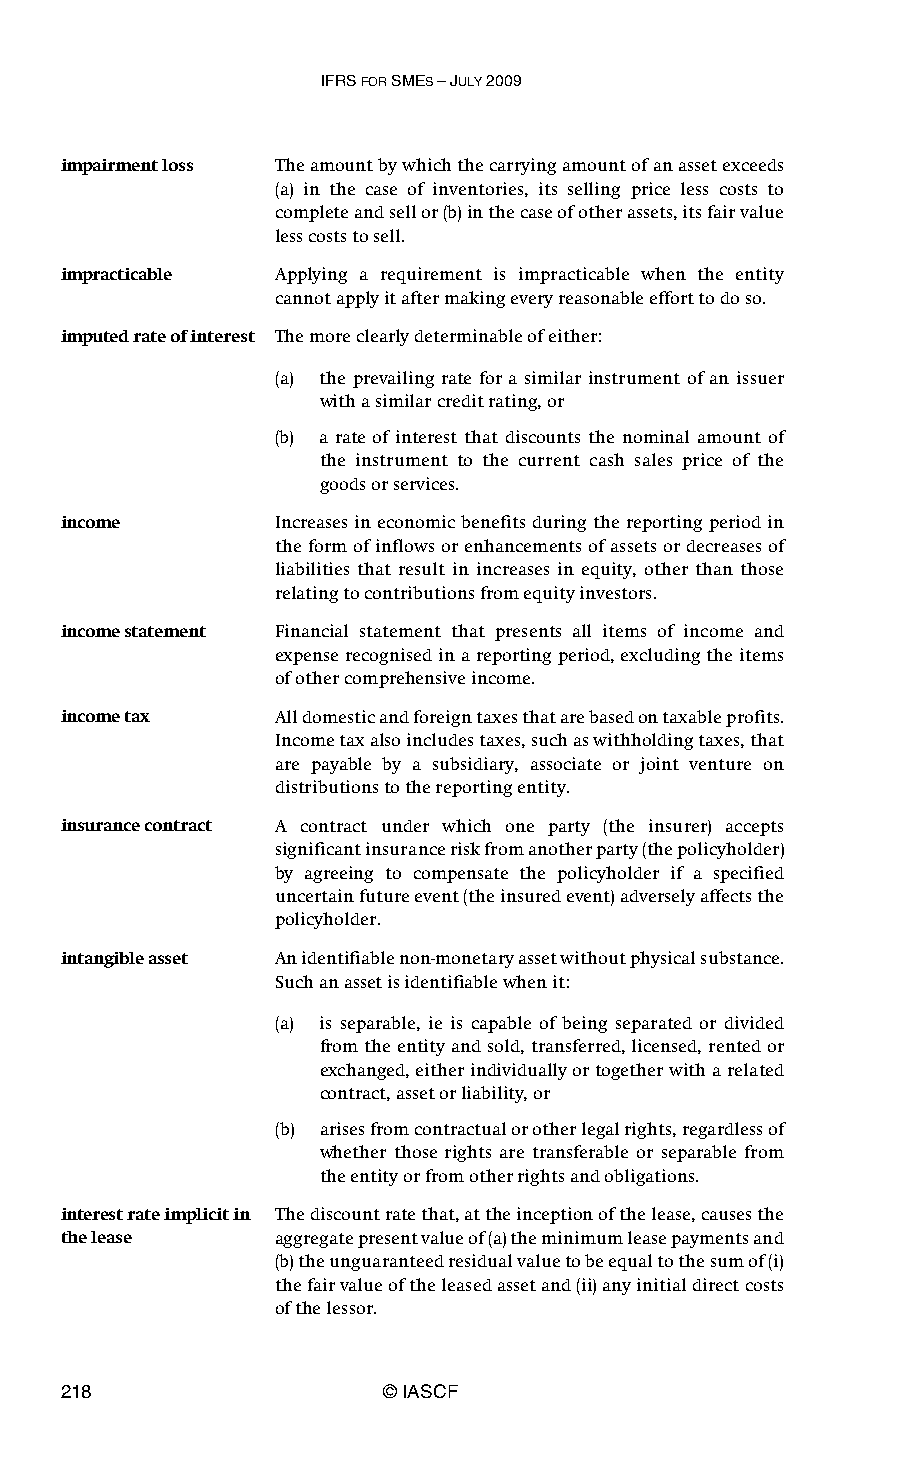
IFRS FOR SMES – JULY 2009
 impairment loss The amount by which the carrying amount of an asset exceeds
 (a) in the case of inventories, its selling price less costs to
 complete and sell or (b) in the case of other assets, its fair value
 less costs to sell.
 impracticable Applying a requirement is impracticable when the entity
 cannot apply it after making every reasonable effort to do so.
 imputed rate of interest The more clearly determinable of either:
 (a) the prevailing rate for a similar instrument of an issuer
 with a similar credit rating, or
 (b) a rate of interest that discounts the nominal amount of
 the instrument to the current cash sales price of the
 goods or services.
 income        Increases in economic benefits during the reporting period in
 the form of inflows or enhancements of assets or decreases of
 liabilities that result in increases in equity, other than those
 relating to contributions from equity investors.
 income statement Financial statement that presents all items of income and
 expense recognised in a reporting period, excluding the items
 of other comprehensive income.
 income tax    All domestic and foreign taxes that are based on taxable profits.
 Income tax also includes taxes, such as withholding taxes, that
 are payable by a subsidiary, associate or joint venture on
 distributions to the reporting entity.
 insurance contract A contract under which one party (the insurer) accepts
 significant insurance risk from another party (the policyholder)
 by agreeing to compensate the policyholder if a specified
 uncertain future event (the insured event) adversely affects the
 policyholder.
 intangible asset An identifiable non-monetary asset without physical substance.
 Such an asset is identifiable when it:
 (a) is separable, ie is capable of being separated or divided
 from the entity and sold, transferred, licensed, rented or
 exchanged, either individually or together with a related
 contract, asset or liability, or
 (b) arises from contractual or other legal rights, regardless of
 whether those rights are transferable or separable from
 the entity or from other rights and obligations.
 interest rate implicit in The discount rate that, at the inception of the lease, causes the
 the lease     aggregate present value of (a) the minimum lease payments and
 (b) the unguaranteed residual value to be equal to the sum of (i)
 the fair value of the leased asset and (ii) any initial direct costs
 of the lessor.
 218                   © IASCF